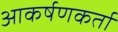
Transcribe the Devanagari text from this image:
आकर्षणकर्ता